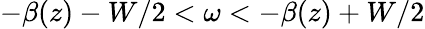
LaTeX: -\beta(z)-W/2<\omega<-\beta(z)+W/2